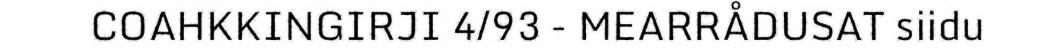
COAHKKINGIRJI 4/93 - MEARRÅDUSAT siidu